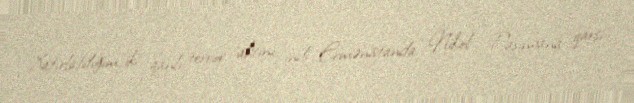
Xatırlatdığım iki qanlı terror aktını indi Ermənistanda Nikol Paşinyana qarşı